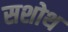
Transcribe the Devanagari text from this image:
सशोथ